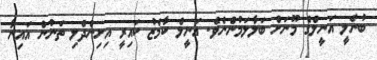
ބުނެލީ އަނީލްގެ މޫނަށް ބަލާލަމުންނެވެ. އަނީލް ކާމެޒު ކައިރީ އިށިންދެލި ތަނުން އައިނާ